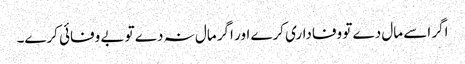
اگر اسے مال دے تو وفاداری کرے اور اگر مال نہ دے تو بے وفائی کرے۔